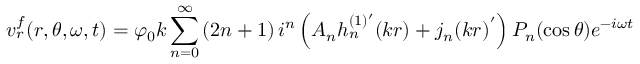
v _ { r } ^ { f } ( r , \theta , \omega , t ) = \varphi _ { 0 } k \sum _ { n = 0 } ^ { \infty } \left( 2 n + 1 \right) i ^ { n } \left( A _ { n } h _ { n } ^ { ( 1 ) ^ { \prime } } ( k r ) + j _ { n } ( k r ) ^ { ' } \right) P _ { n } ( \cos \theta ) e ^ { - i \omega t }